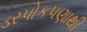
ડરપોકપણાથી